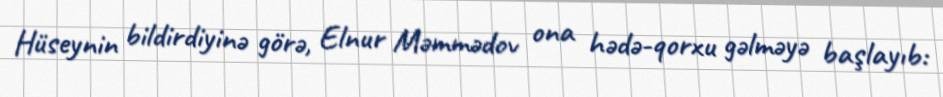
Hüseynin bildirdiyinə görə, Elnur Məmmədov ona hədə-qorxu gəlməyə başlayıb: